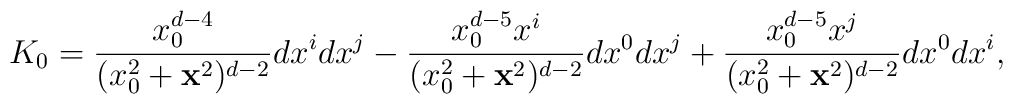
K_0={x_0^{d-4} \over (x_0^2 +  {\bf x}^2)^{d-2} } dx^i dx^j    - {x_0^{d-5} x^i \over (x_0^2 +  {\bf x}^2)^{d-2} } dx^0 dx^j    + {x_0^{d-5} x^j \over (x_0^2 +  {\bf x}^2)^{d-2} } dx^0 dx^i,